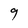
Character: g